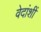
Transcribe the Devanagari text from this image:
वेदांशीं